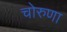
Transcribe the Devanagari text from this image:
चोरुणा